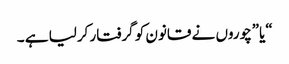
“یا”چوروں نے قانون کو گرفتار کرلیا ہے ۔